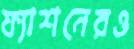
ফ্যাশনেরও